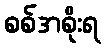
စစ်အစိုးရ